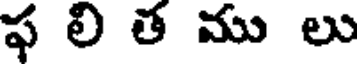
ఫ లి త ము లు